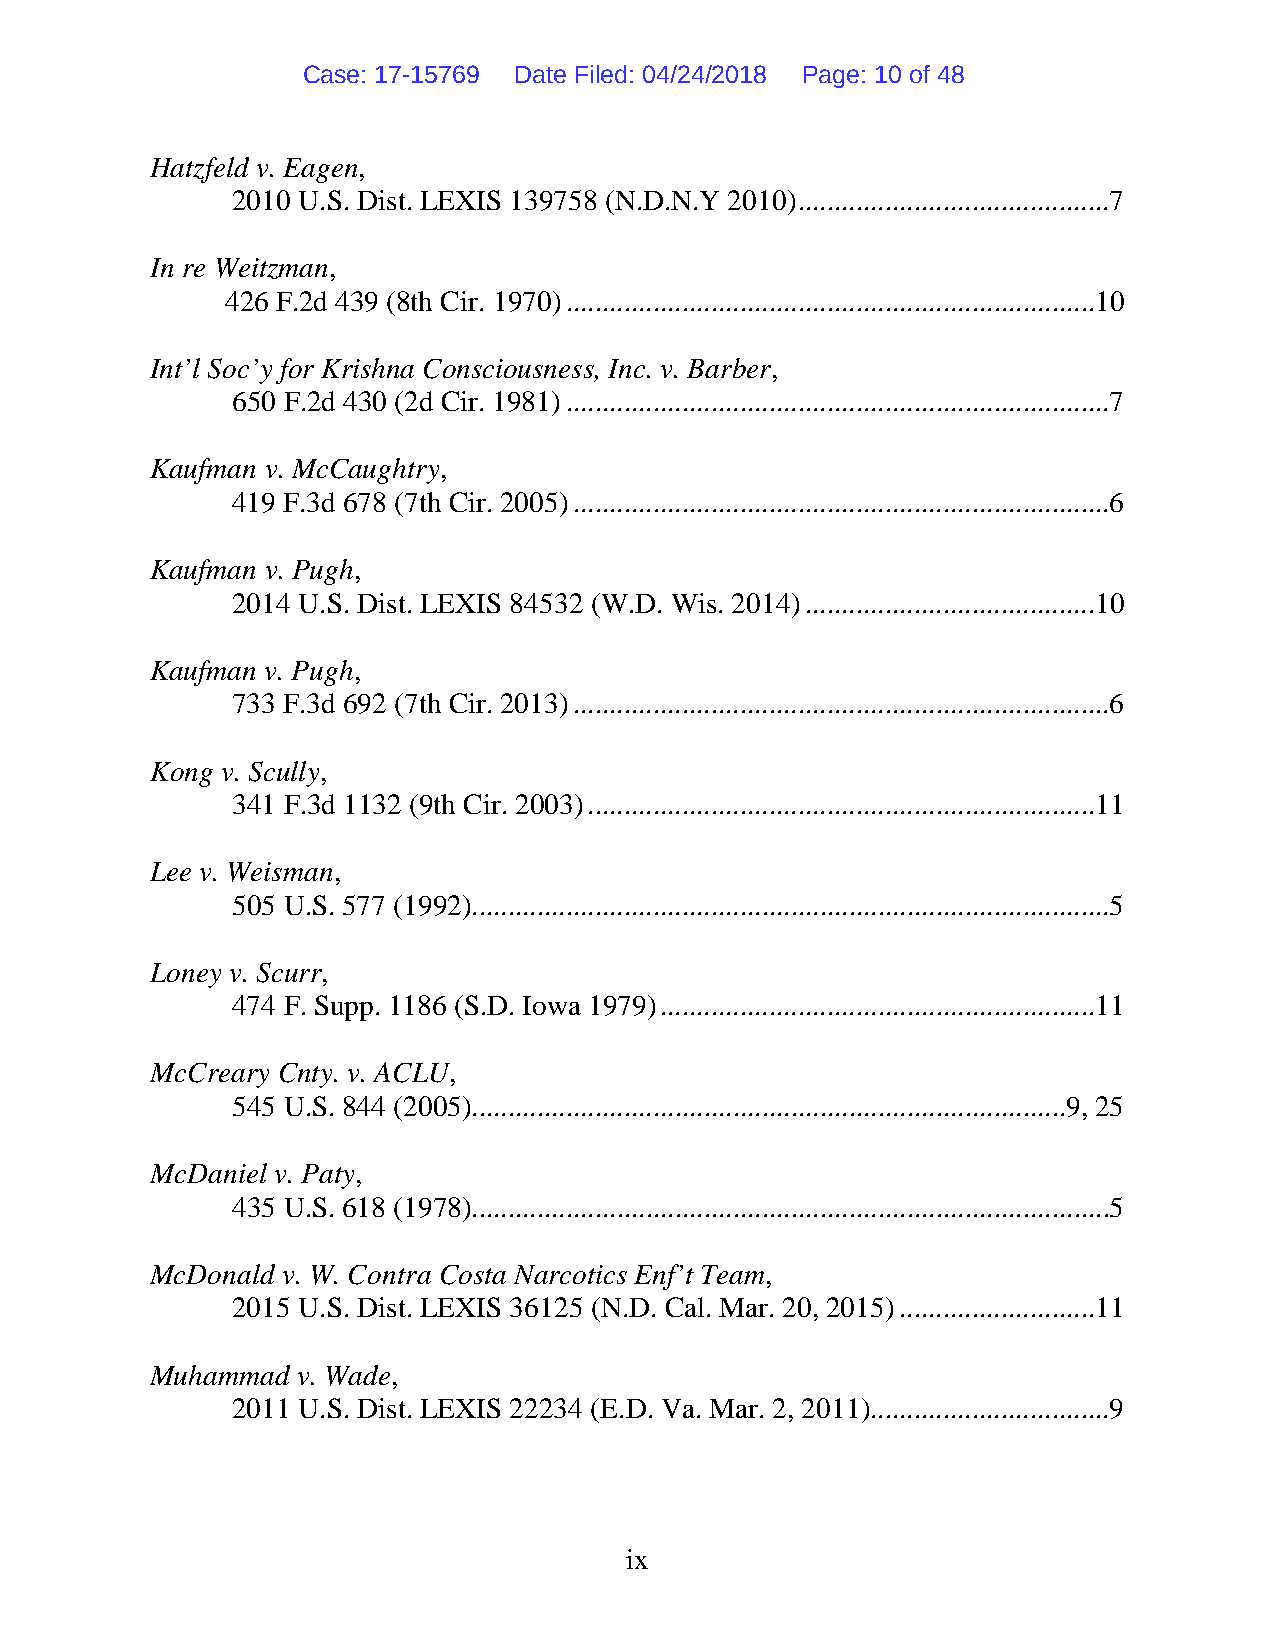
Case: 17-15769 Date Filed: 04/24/2018 Page: 10 of 48
 Hatzfeld v. Eagen,
 2010 U.S. Dist. LEXIS 139758 (N.D.N.Y 2010) ........................................... 7
 In re Weitzman,
 426 F.2d 439 (8th Cir. 1970) .........................................................................10
 Int’l Soc’y for Krishna Consciousness, Inc. v. Barber,
 650 F.2d 430 (2d Cir. 1981) ...........................................................................7
 Kaufman v. McCaughtry,
 419 F.3d 678 (7th Cir. 2005) ..........................................................................6
 Kaufman v. Pugh,
 2014 U.S. Dist. LEXIS 84532 (W.D. Wis. 2014) ........................................10
 Kaufman v. Pugh,
 733 F.3d 692 (7th Cir. 2013) ..........................................................................6
 Kong v. Scully,
 341 F.3d 1132 (9th Cir. 2003) ......................................................................11
 Lee v. Weisman,
 505 U.S. 577 (1992)........................................................................................5
 Loney v. Scurr,
 474 F. Supp. 1186 (S.D. Iowa 1979) ............................................................11
 McCreary Cnty. v. ACLU,
 545 U.S. 844 (2005)..................................................................................9, 25
 McDaniel v. Paty,
 435 U.S. 618 (1978)........................................................................................5
 McDonald v. W. Contra Costa Narcotics Enf’t Team,
 2015 U.S. Dist. LEXIS 36125 (N.D. Cal. Mar. 20, 2015) ...........................11
 Muhammad  v. Wade,
 2011 U.S. Dist. LEXIS 22234 (E.D. Va. Mar. 2, 2011)................................. 9
 ix